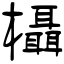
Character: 欇